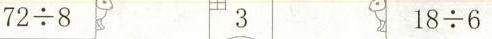
$$7 2 \div 8$$ 3 $$1 8 \div 6$$